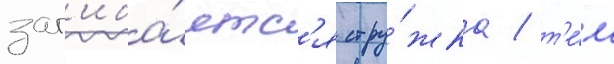
заг'иба́етс'я стру́жка / т'е́м